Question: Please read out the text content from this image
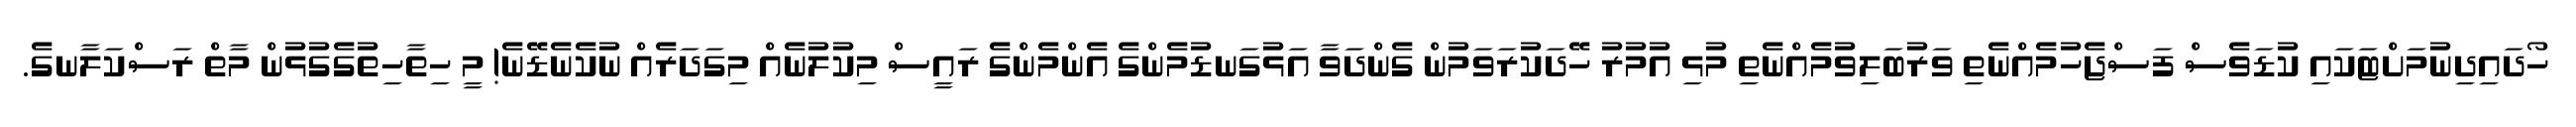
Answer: ހޯދައިދިނުމަށްޓަކައި ކުޑަވެސް ފަސްޖެހުމެއްނެތި ވަރުބަލިވުމެއްނެތި މުޅި އުމުރު ހޭދަކުރަވަމުން ގެންދަވާ އަޅުގަނޑުމެންގެ އެންމެންގެ ރައީސް މިކުލުނެއް މިގަދަރެއް ނުކެނެޑޭނެ! މީ ހިތާހިތުގެގުޅުން މާތް ރަސްކަލާނގެ.